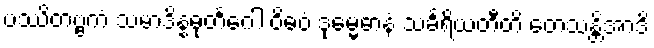
ပဿိတဗ္ဗကံ သမာဒိန္နဓုတင်္ဂေါ ဝိဓဝံ ဒုမ္မေဓာနံ သင်္ခရိယတီတိ တေသန္တိအာဒိ